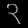
Digit: ၃